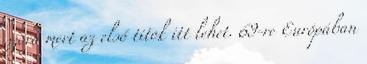
szóra mert az első titok itt lehet. 69-re Európában